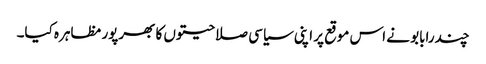
چندرابابو نے اس موقع پر اپنی سیاسی صلاحیتوں کا بھرپور مظاہرہ کیا۔